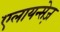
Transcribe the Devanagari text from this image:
एलायन्सेज़